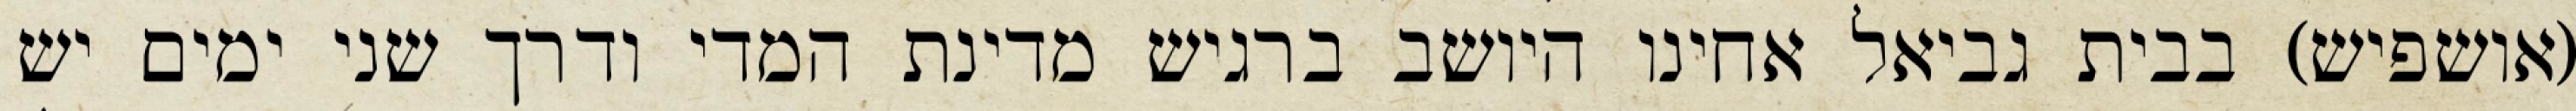
(אושפיש) בבית גביאל אחינו היושב ברגיש מדינת המדי ודרך שני ימים יש